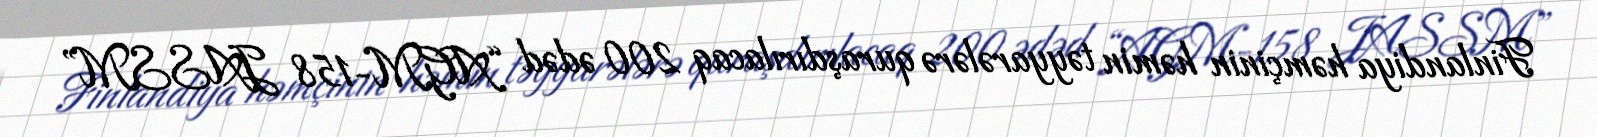
Finlandiya həmçinin həmin təyyarələrə quraşdırılacaq 200 ədəd “AGM-158 JASSM”